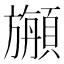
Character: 𩔣